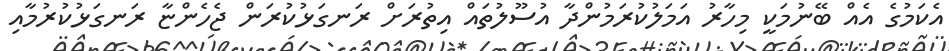
އެކަމުގެ އެއް ބޭނުމަކީ މިހާރު އަމަލުކުރަމުންދާ އުސޫލުތައް އިތުރަށް ރަނގަޅުކުރަން ޖެހެންޏާ ރަނގަޅުކުރުމާއި